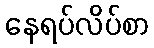
နေရပ်လိပ်စာ